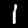
Digit: 1